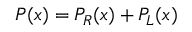
P ( x ) = P _ { R } ( x ) + P _ { L } ( x )